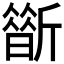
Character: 𣃀